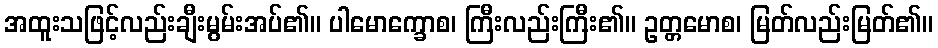
အထူးသဖြင့်လည်းချီးမွမ်းအပ်၏။ ပါမောက္ခောစ၊ ကြီးလည်းကြီး၏။ ဥတ္တမောစ၊ မြတ်လည်းမြတ်၏။